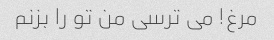
مرغ! می ترسی من تو را بزنم